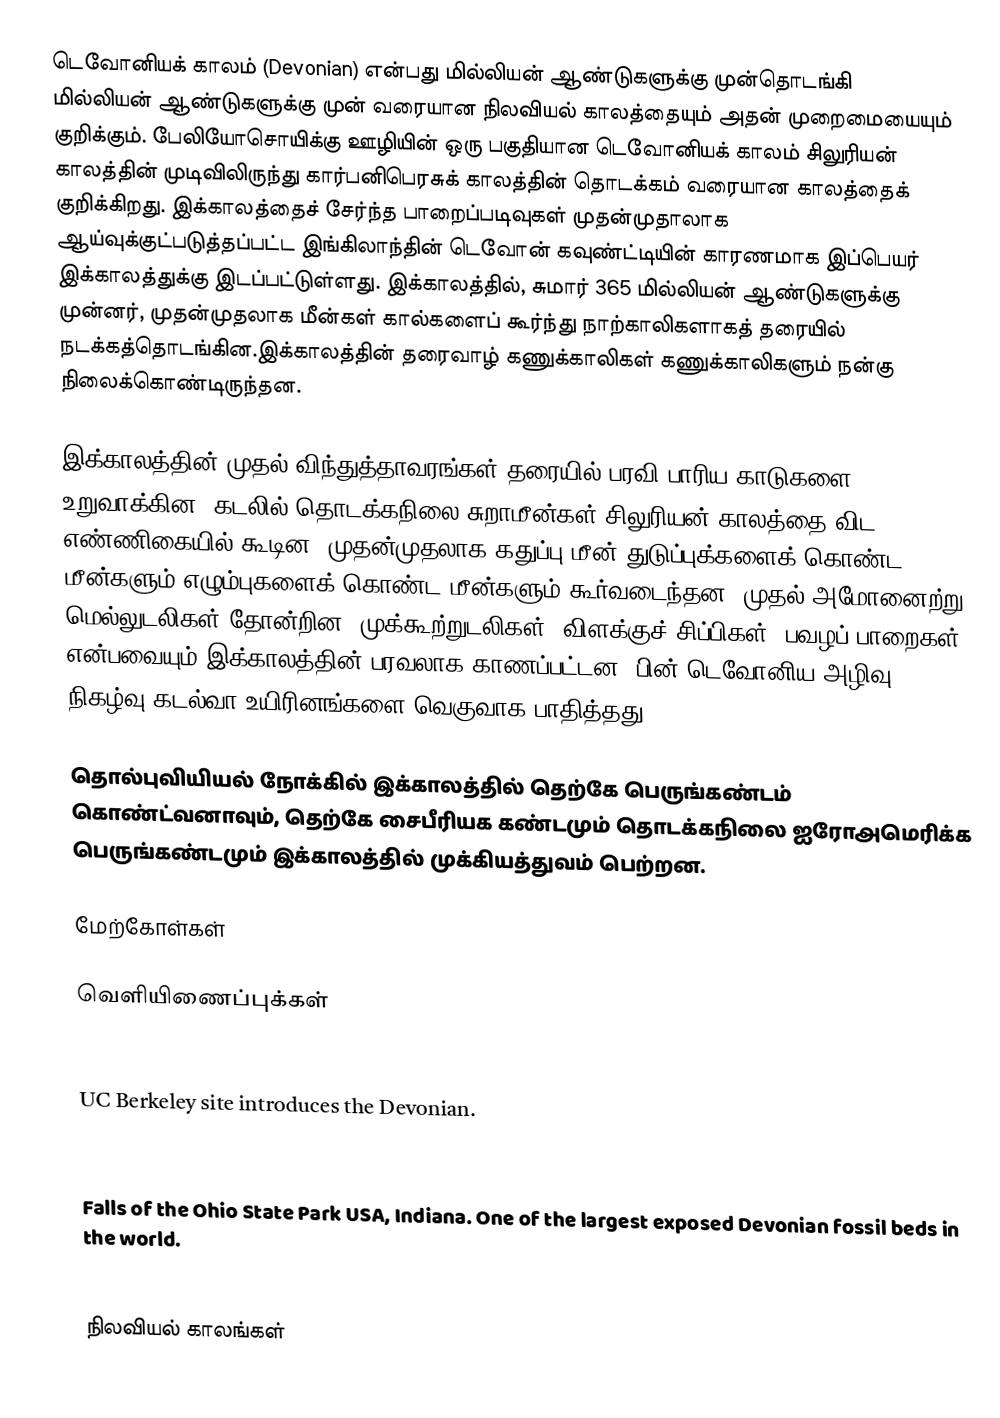
டெவோனியக் காலம் (Devonian) என்பது  மில்லியன் ஆண்டுகளுக்கு முன்தொடங்கி  மில்லியன் ஆண்டுகளுக்கு முன் வரையான நிலவியல் காலத்தையும் அதன் முறைமையையும் குறிக்கும். பேலியோசொயிக்கு ஊழியின் ஒரு பகுதியான டெவோனியக் காலம் சிலுரியன் காலத்தின் முடிவிலிருந்து கார்பனிபெரசுக் காலத்தின் தொடக்கம் வரையான காலத்தைக் குறிக்கிறது. இக்காலத்தைச் சேர்ந்த பாறைப்படிவுகள் முதன்முதாலாக ஆய்வுக்குட்படுத்தப்பட்ட இங்கிலாந்தின் டெவோன் கவுண்ட்டியின் காரணமாக இப்பெயர் இக்காலத்துக்கு இடப்பட்டுள்ளது. இக்காலத்தில், சுமார் 365 மில்லியன் ஆண்டுகளுக்கு முன்னர், முதன்முதலாக மீன்கள் கால்களைப் கூர்ந்து  நாற்காலிகளாகத் தரையில் நடக்கத்தொடங்கின.இக்காலத்தின் தரைவாழ் கணுக்காலிகள் கணுக்காலிகளும் நன்கு நிலைக்கொண்டிருந்தன.

இக்காலத்தின் முதல் விந்துத்தாவரங்கள் தரையில் பரவி பாரிய காடுகளை உறுவாக்கின. கடலில் தொடக்கநிலை-சுறாமீன்கள் சிலுரியன் காலத்தை விட எண்ணிகையில் கூடின. முதன்முதலாக கதுப்பு-மீன் துடுப்புக்களைக் கொண்ட மீன்களும் எழும்புகளைக் கொண்ட மீன்களும் கூர்வடைந்தன. முதல் அமோனைற்று மெல்லுடலிகள் தோன்றின, முக்கூற்றுடலிகள், விளக்குச் சிப்பிகள், பவழப் பாறைகள் என்பவையும் இக்காலத்தின் பரவலாக காணப்பட்டன. பின் டெவோனிய அழிவு நிகழ்வு கடல்வா உயிரினங்களை வெகுவாக பாதித்தது.

தொல்புவியியல் நோக்கில் இக்காலத்தில் தெற்கே பெருங்கண்டம் கொண்ட்வனாவும், தெற்கே சைபீரியக கண்டமும் தொடக்கநிலை ஐரோஅமெரிக்க பெருங்கண்டமும் இக்காலத்தில் முக்கியத்துவம் பெற்றன.

மேற்கோள்கள்

வெளியிணைப்புக்கள்

 The Devonian times – an excellent and frequently updated resource focussing on the Devonian period
 UC Berkeley site introduces the Devonian.
 Devonian reef system in northwest Australia.

 Falls of the Ohio State Park USA, Indiana. One of the largest exposed Devonian fossil beds in the world.
 Examples of Devonian Fossils

நிலவியல் காலங்கள்